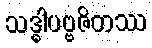
သဒ္ဓါပဗ္ဗဇိတဿ